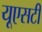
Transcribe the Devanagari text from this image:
यूएसटी